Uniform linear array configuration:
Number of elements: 64
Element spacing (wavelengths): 0.75
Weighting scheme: cosine
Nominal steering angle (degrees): -15
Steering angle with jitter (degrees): -13.868
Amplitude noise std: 0.05
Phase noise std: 0.05

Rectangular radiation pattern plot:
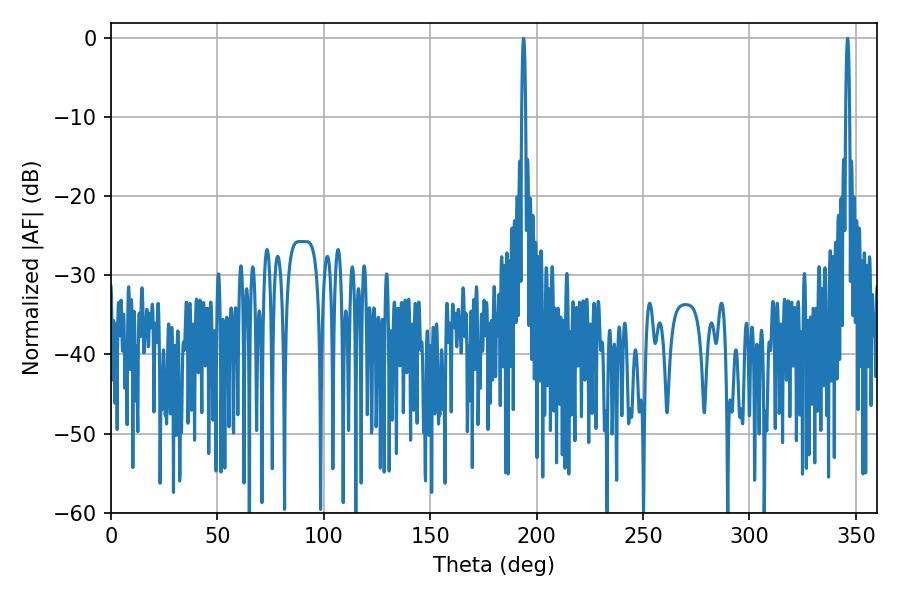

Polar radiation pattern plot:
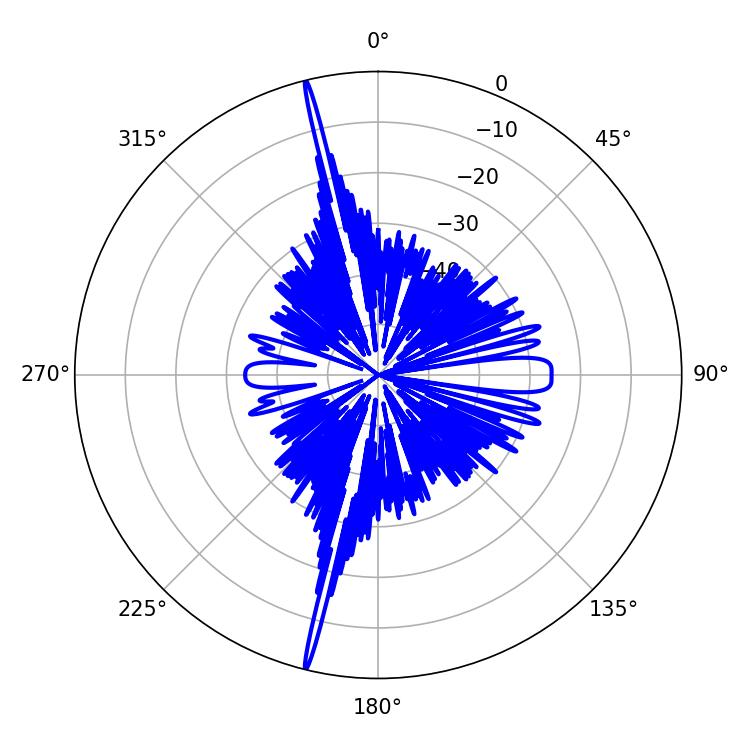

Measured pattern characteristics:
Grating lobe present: TRUE
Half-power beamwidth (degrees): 1.08
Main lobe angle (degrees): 346.14